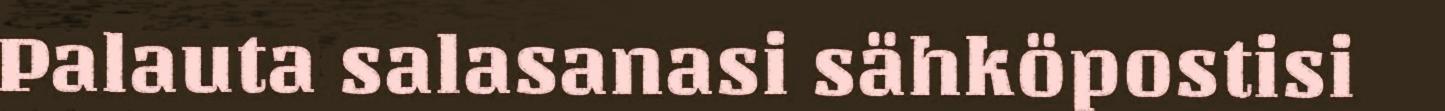
Palauta salasanasi sähköpostisi